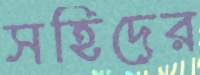
সহিদের